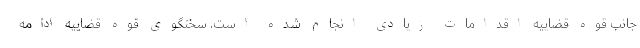
جانب قوه قضاییه اقدامات زیادی انجام شده است. سخنگوی قوه قضاییه ادامه